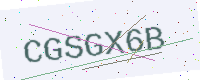
Text: CGSGX6B